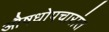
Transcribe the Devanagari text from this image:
औषधोपचारांत